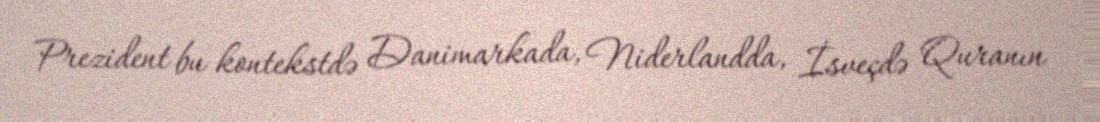
Prezident bu kontekstdə Danimarkada, Niderlandda, İsveçdə Quranın